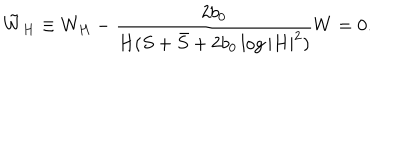
\tilde { W } _ { H } \equiv W _ { H } - \frac { 2 b _ { 0 } } { H ( S + \bar { S } + 2 b _ { 0 } \log | H | ^ { 2 } ) } W = 0 .